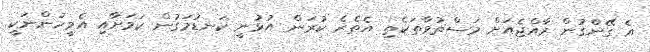
އެ ގޭންގުން ރާއްޖެއަށް މަސްތުވާތަކެތި އެތެރެ ކުރަން އުޅުނީ ކަނޑުމަގުން ކަމަށާއި އެމީހުންނަކީ